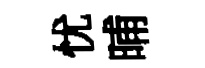
忧晡